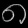
Digit: ၈